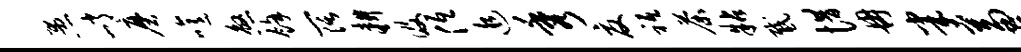
愚峭磨噫煞余阔耕及低追秀夏祗荼粘感惜冉半兼